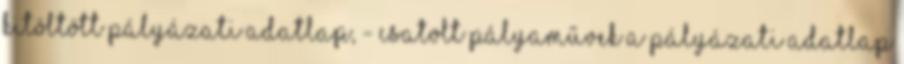
kitöltött pályázati adatlap, - csatolt pályaművek A pályázati adatlap